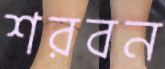
শরবন